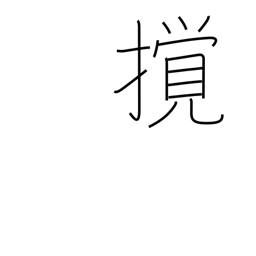
Meaning: disturb